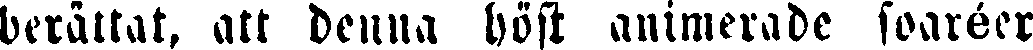
berättat, att denna höst animerade soaréer